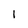
Character: 1